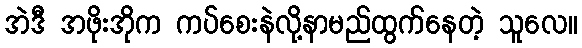
အဲဒီ အဖိုးအိုက ကပ်စေးနဲလို့နာမည်ထွက်နေတဲ့ သူလေ။